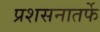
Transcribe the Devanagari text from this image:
प्रशसनातर्फे